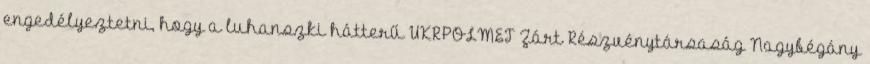
engedélyeztetni, hogy a luhanszki hátterű UKRPOLMET Zárt Részvénytársaság Nagybégány